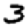
Digit: 3